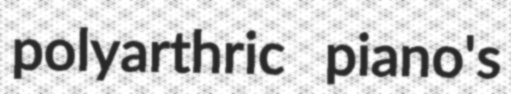
polyarthric piano's